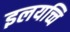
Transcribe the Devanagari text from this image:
इलयच्चि